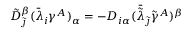
\tilde { D } _ { \tilde { \jmath } } ^ { \beta } ( \bar { \lambda } _ { i } \gamma ^ { A } ) _ { \alpha } = - D _ { i \alpha } ( \bar { \tilde { \lambda } } _ { \tilde { \jmath } } \tilde { \gamma } ^ { A } ) ^ { \beta }